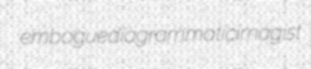
embogue diagrammatic imagist